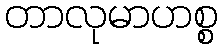
တာလုမာဟစ္စ